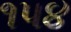
૧પ૪